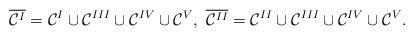
LaTeX: \begin{align*} \overline{\mathcal{C}^I}=\mathcal{C}^{I}\cup \mathcal{C}^{III}\cup \mathcal{C}^{IV}\cup\mathcal{C}^{V}, ~\overline{\mathcal{C}^{II}}=\mathcal{C}^{II}\cup \mathcal{C}^{III}\cup \mathcal{C}^{IV}\cup\mathcal{C}^{V}.\end{align*}